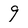
Character: 9